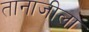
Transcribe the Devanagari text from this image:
तानाजीला